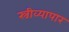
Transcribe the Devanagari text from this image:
स्त्रीव्यापार